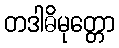
တဒါဓိမုတ္တော